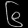
Digit: ၆